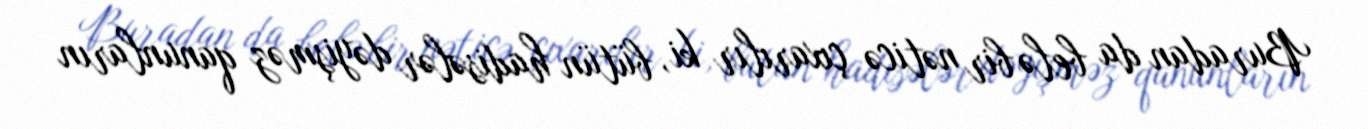
Buradan da belə bir nəticə çıxarılır ki, bütün hadisələr dəyişməz qanunların